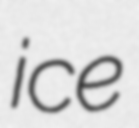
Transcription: ice